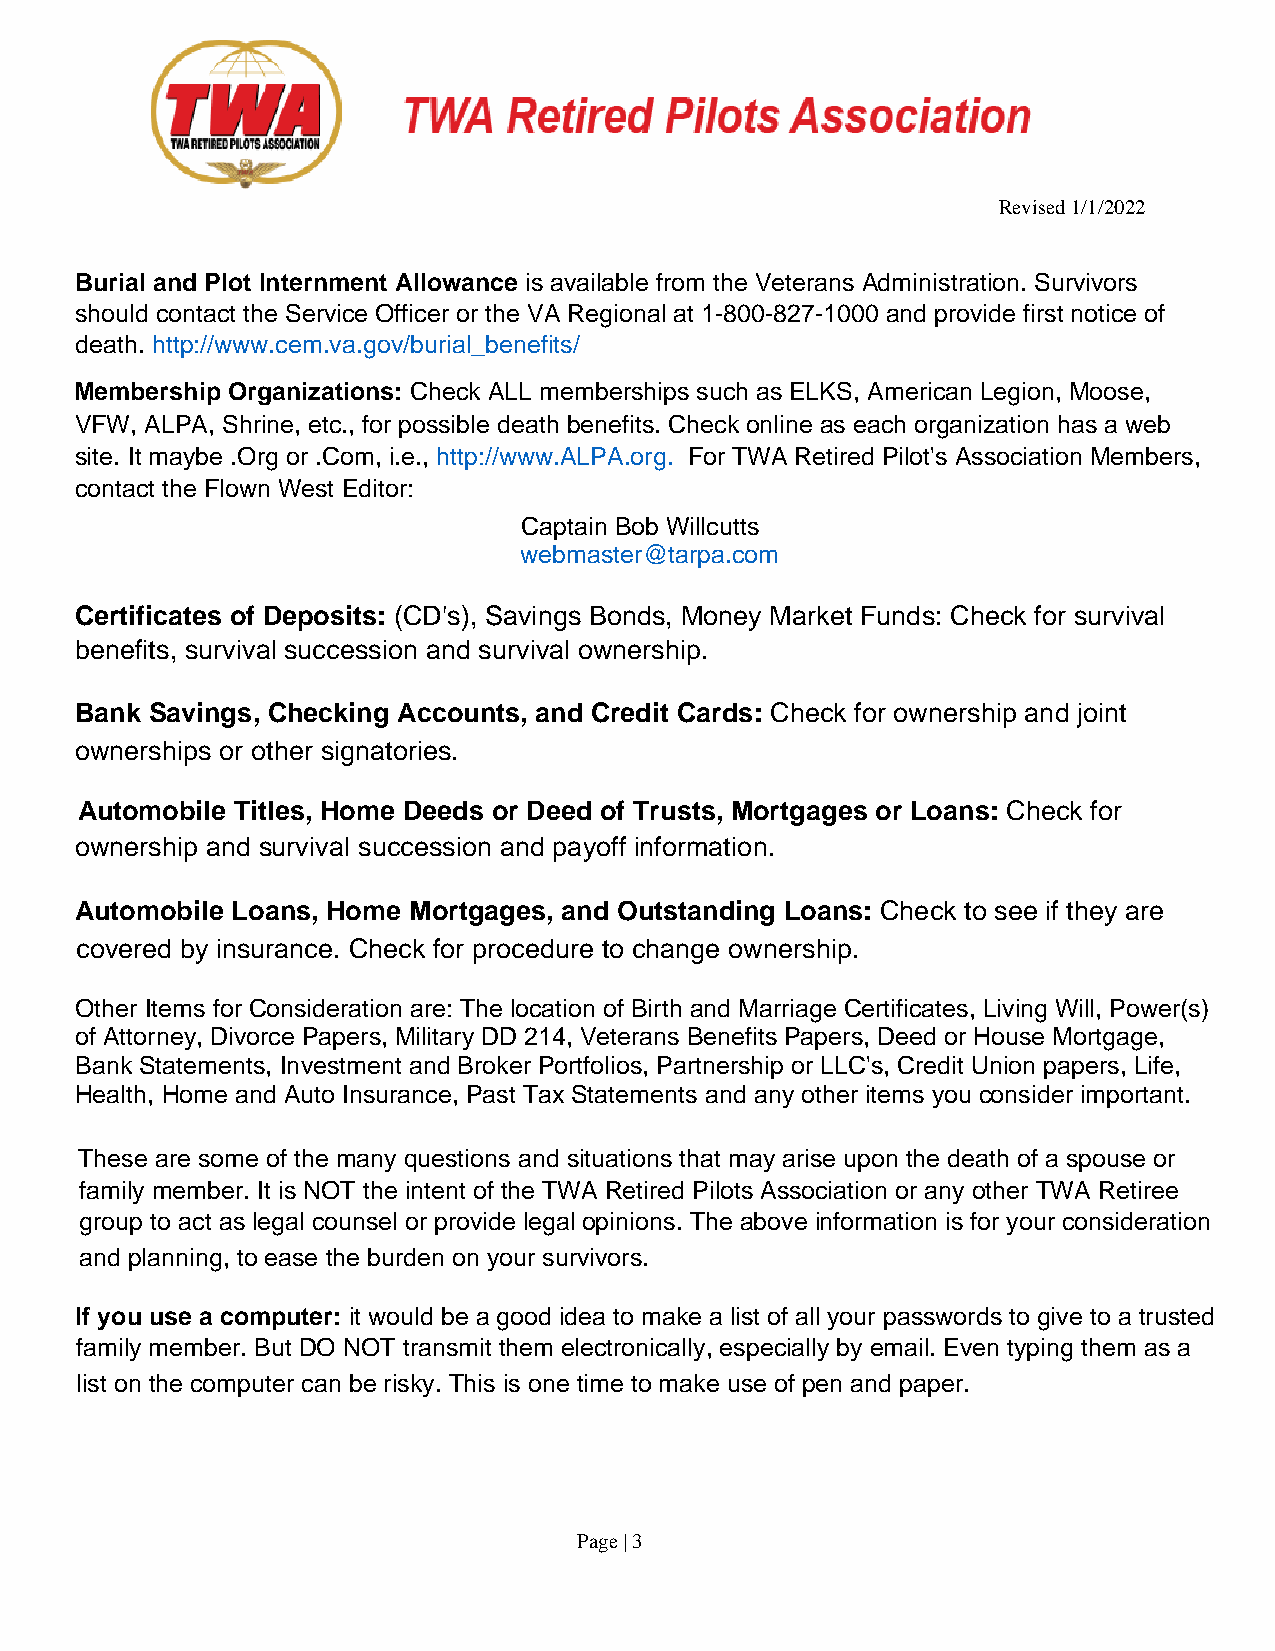
Revised 1/1/2022
 Burial and Plot Internment Allowance is available from the Veterans Administration. Survivors
 should contact the Service Officer or the VA Regional at 1-800-827-1000 and provide first notice of
 death. http://www.cem.va.gov/burial_benefits/
 Membership Organizations: Check ALL memberships such as ELKS, American Legion, Moose,
 VFW, ALPA, Shrine, etc., for possible death benefits. Check online as each organization has a web
 site. It maybe .Org or .Com, i.e., http://www.ALPA.org. For TWA Retired Pilot's Association Members,
 contact the Flown West Editor:
 Captain Bob Willcutts
 webmaster@tarpa.com
 Certificates of Deposits: (CD's), Savings Bonds, Money Market Funds: Check for survival
 benefits, survival succession and survival ownership.
 Bank Savings, Checking Accounts, and Credit Cards: Check for ownership and joint
 ownerships or other signatories.
 Automobile Titles, Home Deeds or Deed of Trusts, Mortgages or Loans: Check for
 ownership and survival succession and payoff information.
 Automobile Loans, Home Mortgages, and Outstanding Loans: Check to see if they are
 covered by insurance. Check for procedure to change ownership.
 Other Items for Consideration are: The location of Birth and Marriage Certificates, Living Will, Power(s)
 of Attorney, Divorce Papers, Military DD 214, Veterans Benefits Papers, Deed or House Mortgage,
 Bank Statements, Investment and Broker Portfolios, Partnership or LLC's, Credit Union papers, Life,
 Health, Home and Auto Insurance, Past Tax Statements and any other items you consider important.
 These are some of the many questions and situations that may arise upon the death of a spouse or
 family member. It is NOT the intent of the TWA Retired Pilots Association or any other TWA Retiree
 group to act as legal counsel or provide legal opinions. The above information is for your consideration
 and planning, to ease the burden on your survivors.
 If you use a computer: it would be a good idea to make a list of all your passwords to give to a trusted
 family member. But DO NOT transmit them electronically, especially by email. Even typing them as a
 list on the computer can be risky. This is one time to make use of pen and paper.
 Page | 3